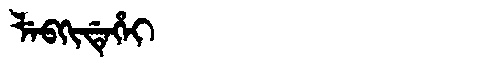
Manchu: ᠯᡝᠪᡴᡳᡩᡝᡥᡝᡳ
Romanization: LEBKIDEHEI